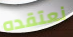
نعتقده